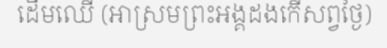
ដើមឈើ (អាស្រមព្រះអង្គដងកើសព្វថ្ងៃ)